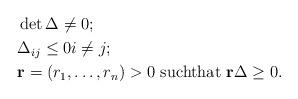
LaTeX: \begin{align*} &\det\Delta\neq 0;\\ &\Delta_{ij}\leq 0i\neq j;\\&{\bf r}=(r_1,\ldots,r_n)>0\text{ suchthat }{\bf r}\Delta \geq 0. \end{align*}